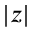
| z |